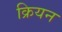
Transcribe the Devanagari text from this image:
क्रियन